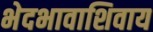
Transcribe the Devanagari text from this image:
भेदभावाशिवाय